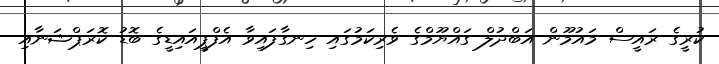
ކުރީގެ ރައީސް މައުމޫން އަބްދުލް ގައްޔޫމްގެ ވެރިކަމުގައި ހިނގާފައިވާ އެފްޕީއައިޑީގެ ބޮޑު ކޮރަޕްޝަނާއި